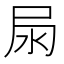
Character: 𡱊